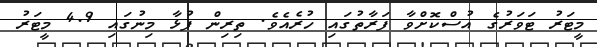
މީޓަރު ޓަވަރުގެ އުސްކޮށްވާ ފަރާތުގައި ހުރެއެވެ. ތިރިން ފުޅާ މިނުގައި 4.9 މީޓަރު